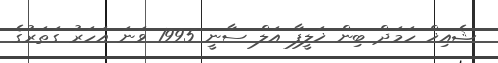
ޝެއިޚް ހަމަދް ބިން ޚަލީފާ އަލް ސާނީ 1995 ވަނަ އަހަރު ގަތަރުގެ